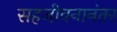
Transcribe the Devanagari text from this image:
सहजीवनानंतर